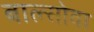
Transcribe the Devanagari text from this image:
बाल्सोवा